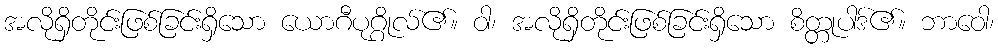
အလိုရှိတိုင်းဖြစ်ခြင်းရှိသော ယောဂီပုဂ္ဂိုလ်၏။ ဝါ၊ အလိုရှိတိုင်းဖြစ်ခြင်းရှိသော စိတ္တုပါဒ်၏။ ဘာဝေါ၊